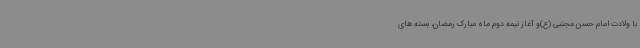
با ولادت امام حسن مجتبی (ع)و آغاز نیمه دوم ماه مبارک رمضان، بسته های